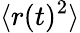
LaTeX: \langle r(t)^{2}\rangle